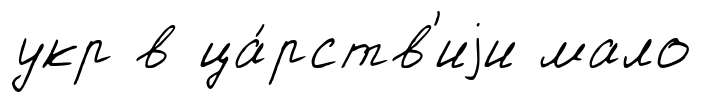
укр в ца́рств'иjи мало